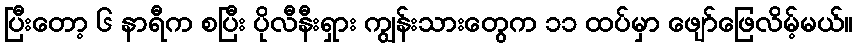
ပြီးတော့ ၆ နာရီက စပြီး ပိုလီနီးရှား ကျွန်းသားတွေက ၁၁ ထပ်မှာ ဖျော်ဖြေလိမ့်မယ်။